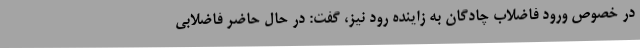
در خصوص ورود فاضلاب چادگان به زاینده رود نیز، گفت: در حال حاضر فاضلابی